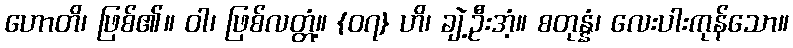
ဟောတိ၊ ဖြစ်၏။ ဝါ၊ ဖြစ်လတ္တံ့။ {၀၇} ဟိ၊ ချဲ့ဦးအံ့။ စတုန္နံ၊ လေးပါးကုန်သော။